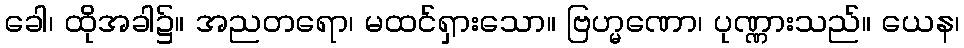
ခေါ၊ ထိုအခါ၌။ အညတရော၊ မထင်ရှားသော။ ဗြဟ္မဏော၊ ပုဏ္ဏားသည်။ ယေန၊